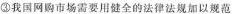
③我国网购市场需要用健全的法律法规加以规范